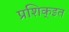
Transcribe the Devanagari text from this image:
प्रशिक्इत